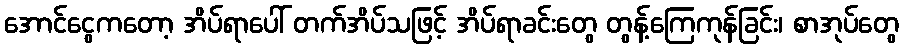
အောင်ငွေကတော့ အိပ်ရာပေါ် တက်အိပ်သဖြင့် အိပ်ရာခင်းတွေ တွန့်ကြေကုန်ခြင်း၊ စာအုပ်တွေ